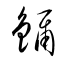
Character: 鑈